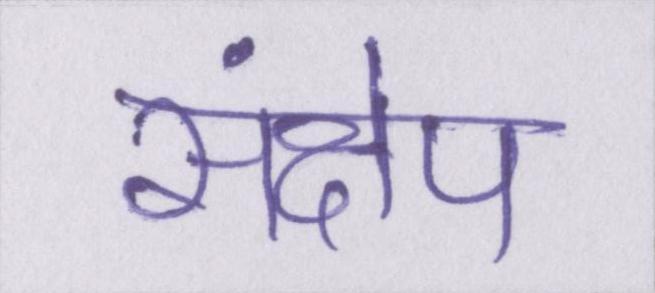
संक्षेप